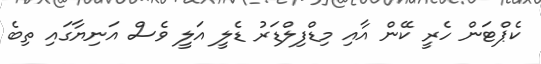
ކެޕްޓަން ހެރީ ކޭން އާއި މިޑްފިލްޑަރު ޑެލީ އަލީ ވެސް އަނިޔާގައި ތިބެ